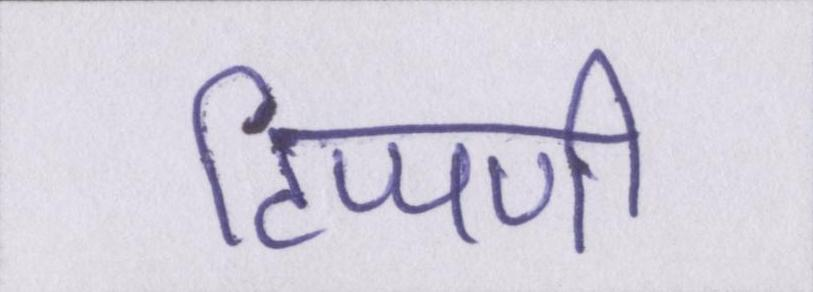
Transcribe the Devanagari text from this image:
टिप्पणी